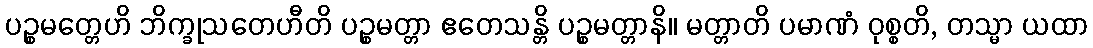
ပဉ္စမတ္တေဟိ ဘိက္ခုသတေဟီတိ ပဉ္စမတ္တာ ဧတေသန္တိ ပဉ္စမတ္တာနိ။ မတ္တာတိ ပမာဏံ ဝုစ္စတိ, တသ္မာ ယထာ